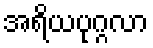
အရိယပုဂ္ဂလာ